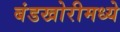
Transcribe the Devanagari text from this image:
बंडखोरीमध्ये